Lunatic asylums United Provinces 1899-1908 - 1899-1908
Year: 1899
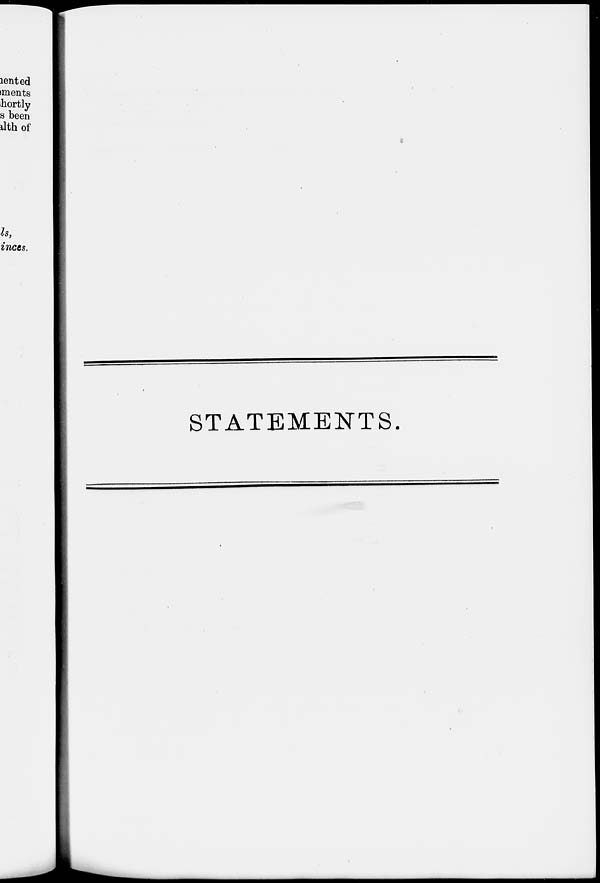
STATEMENTS.